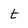
Character: t